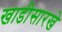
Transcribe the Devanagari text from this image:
खाडीसारखे